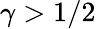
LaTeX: \gamma>1/2